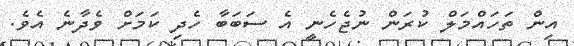
އިން ތަހައްމަލް ކުރަން ނުޖެހެނީ އެ ސަބަބާ ހެދި ކަމަށް ވެދާނެ އެވެ.